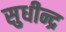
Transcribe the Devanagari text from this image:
सुधीन्द्र